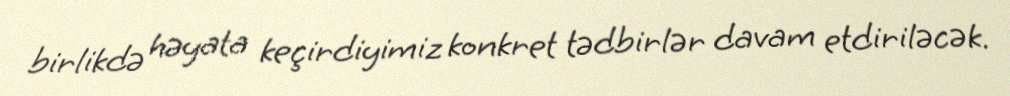
birlikdə həyata keçirdiyimiz konkret tədbirlər davam etdiriləcək.